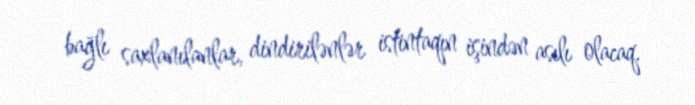
bağlı saxlanılanlar, dindirilənlər istintaqın işindən asılı olacaq.